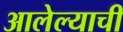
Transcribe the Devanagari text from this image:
आलेल्याची